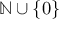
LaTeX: \mathbb { N } \cup \left\{ 0 \right\}